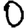
Digit: 0